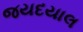
જયદયાલ